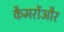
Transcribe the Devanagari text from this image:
कैमरोंऔर